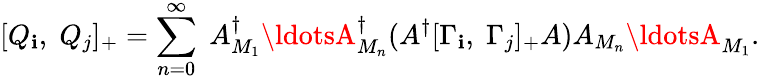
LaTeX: [Q_{\mathbf{i}},\; Q_{j}]_{+}=\sum_{n=0}^{\infty}\; A_{M_{1}}^{\dagger}\ldotsA_{M_{n}}^{\dagger}(A^{\dagger}[\Gamma_{\mathbf{i}},\; \Gamma_{j}]_{+}A)A_{M_{n}}\ldotsA_{M_{1}}.